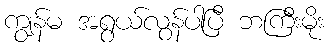
ကျွန်မ အရွယ်လွန်ပါပြီ ဘကြီးမိုး